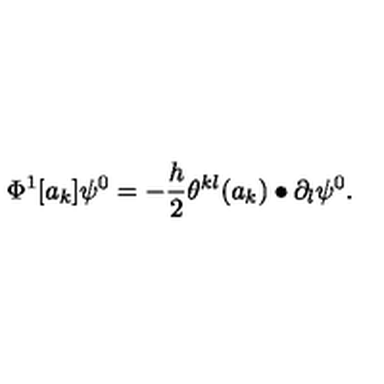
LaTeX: \Phi ^ { 1 } [ a _ { k } ] \psi ^ { 0 } = - \frac { h } { 2 } \theta ^ { k l } ( a _ { k } ) \bullet \partial _ { l } \psi ^ { 0 } .